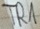
Text: TR1